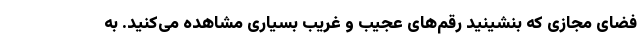
فضای مجازی که بنشینید رقم‌های عجیب و غریب بسیاری مشاهده می‌کنید. به